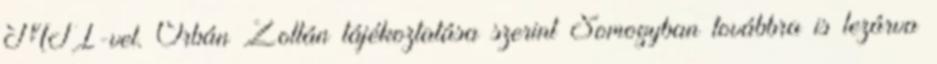
MTI-vel. Orbán Zoltán tájékoztatása szerint Somogyban továbbra is lezárva